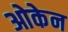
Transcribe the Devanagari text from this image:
ओकेन